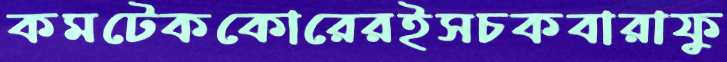
কমটেককোরেরইসচকবারাফু